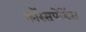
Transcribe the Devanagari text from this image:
कॉरेसपोंडेंस